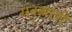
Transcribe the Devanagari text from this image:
सवर्व्यापी